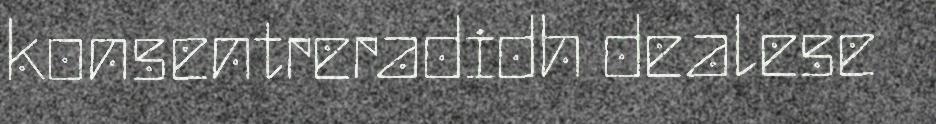
konsentreradidh dealese